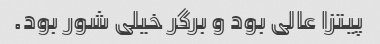
پیتزا عالی بود و برگر خیلی شور بود.